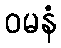
ဝမနံ